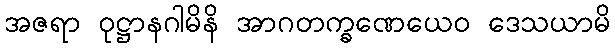
အဇရာ ဝုဋ္ဌာနဂါမိနိ အာဂတက္ခဏေယေဝ ဒေသယာမိ